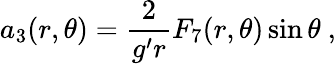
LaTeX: a_{3}(r,\theta)={\frac{2}{g^{\prime}r}}F_{7}(r,\theta)\sin\theta\ ,